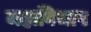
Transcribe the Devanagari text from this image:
महाविभाष